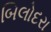
બિલોદરા